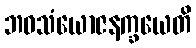
ဘဝသံယောဇနက္ခယေတိ